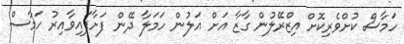
ހަމާސް ކުށްވެރިކޮށް އިޒްރޭލުން ގާޒާ އަށް އަލުން ހަމަލާ ދޭން ފަށާފައިވާއިރު ހަމާސް